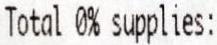
TOTAL 0% SUPPLIES: